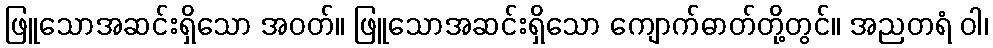
ဖြူသောအဆင်းရှိသော အဝတ်။ ဖြူသောအဆင်းရှိသော ကျောက်ဓာတ်တို့တွင်။ အညတရံ ဝါ၊